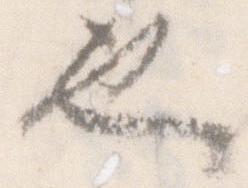
也